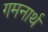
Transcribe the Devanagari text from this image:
गमनार्थ